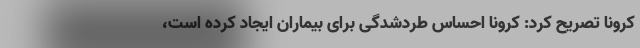
کرونا تصریح کرد: کرونا احساس طردشدگی برای بیماران ایجاد کرده است،